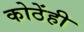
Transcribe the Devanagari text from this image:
कोठेंही